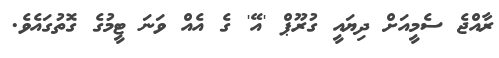
ރާއްޖެ ސެމީއަށް ދިޔައީ ގުރޫޕް 'އޭ' ގެ އެއް ވަނަ ޓީމުގެ ގޮތުގައެވެ.